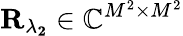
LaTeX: \mathbf{R_{\lambda_{2}}}\in\mathbb{C}^{M^{2}\times M^{2}}